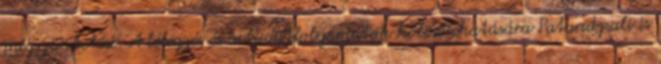
megszüntetése. A lélegzés és a tudatfolyamatok kölcsönhatására Patandzsali is